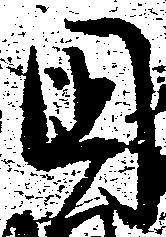
国